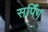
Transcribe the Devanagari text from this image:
सर्पिंग